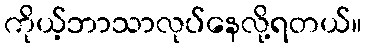
ကိုယ့်ဘာသာလုပ်နေလို့ရတယ်။